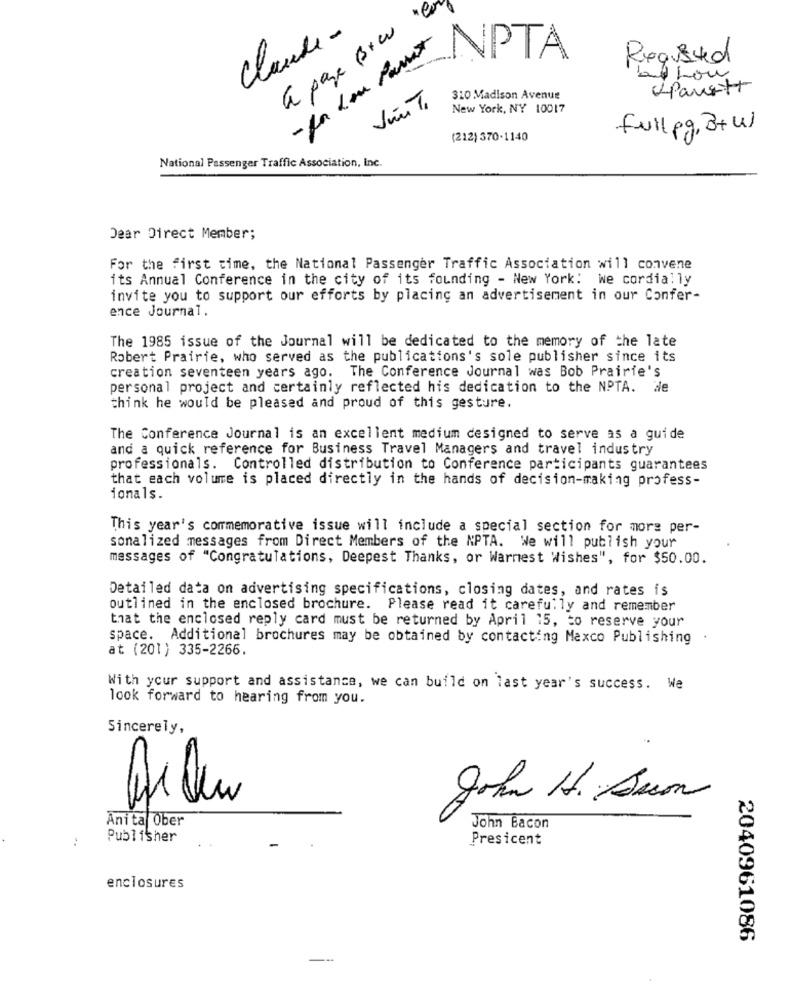
a page Brw
Claude -
- for Lou Passat
-
NPTA
Required
and how
Panett
VinTe
310 Madison Avenue
New York, NY 10017
full pg, B+w)
(212) 370-1140
National Passenger Traffic Association, Inc.
Dear Direct Member;
For the first time, the National Passenger Traffic Association will convene
its Annual Conference in the city of its founding - New York: we cordially
invite you to support our efforts by placing an advertisement in our Confer-
ence Journal.
The 1985 issue of the Journal will be dedicated to the memory of the late
Robert Prairie, who served as the publications's sole publisher since its
creation seventeen years ago. The Conference Journal was Bob Prairie's
personal project and certainly reflected his dedication to the NPTA. de
think he would be pleased and proud of this gesture.
The Conference Journal is an excellent medium designed to serve as a guide
and a quick reference for Business Travel Managers and travel industry
professionals. Controlled distribution to Conference participants guarantees
that each volume is placed directly in the hands of decision-making profess-
ionals.
This year's commemorative issue will include a special section for more per-
sonalized messages from Direct Members of the NPTA. We will publish your
messages of "Congratulations, Deepest Thanks, or Warmest Wishes", for $50.00.
Detailed data on advertising specifications, closing dates, and rates is
outlined in the enclosed brochure. Please read it carefully and remember
that the enclosed reply card must be returned by April 15, to reserve your
space. Additional brochures may be obtained by contacting Maxco Publishing
at (201) 335-2266.
With your support and assistance, we can build on last year's success. We
look forward to hearing from you.
Sincerely,
John H. Bacon
Anita Öber
John Bacon
:
Publisher
Presicent
enclosures
2040961086